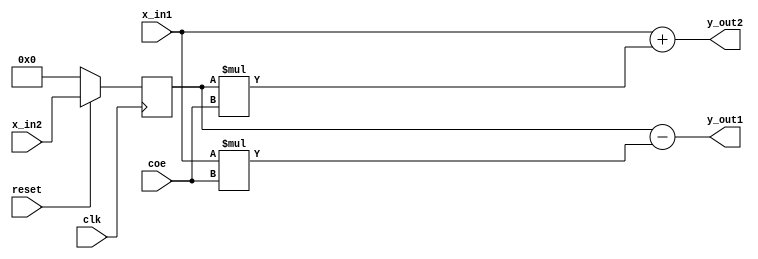
`timescale 1ns / 1ps
//////////////////////////////////////////////////////////////////////////////////
// Company: 
// Engineer: 
// 
// Design Name: 
// Module Name:    trellis_unit 
// Project Name: 
// Target Devices: 
// Tool versions: 
// Description: 
//
// Dependencies: 
//
// Revision: 
// Revision 0.01 - File Created
// Additional Comments: 
//
//////////////////////////////////////////////////////////////////////////////////
module trellis_unit(clk, reset, coe, x_in1, x_in2, y_out1, y_out2);
input clk; 
input reset;
input [15:0] coe;
input [15:0] x_in1;
input [15:0] x_in2;
output [15:0] y_out1, y_out2;

reg [15:0] x_t2;
always @(posedge clk) begin
   if(!reset) 
	   x_t2 <= 0;
	else //
	   x_t2[15:0] <=  x_in2; 
end

//
assign y_out1 = x_t2[15:0] - x_in1[15:0]*coe[15:0];
assign y_out2 = x_in1[15:0] + x_t2[15:0]*coe[15:0];

endmodule